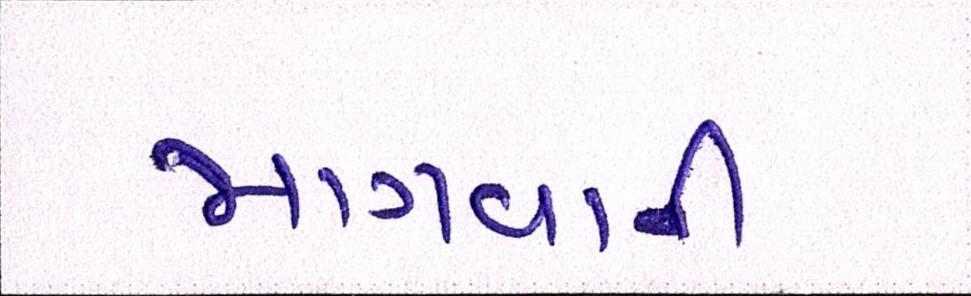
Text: માગવાની